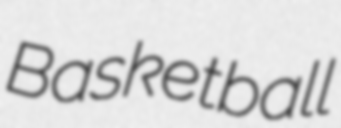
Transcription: Basketball